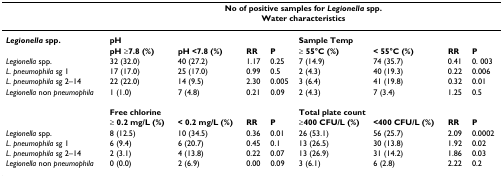
<table><thead><tr><td></td><td colspan="8"><b>No of positive samples for <i>Legionella </i>spp.</b></td></tr><tr><td></td><td colspan="8"><b>Water characteristics</b></td></tr></thead><tbody><tr><td><b><i>Legionella </i>spp.</b></td><td><b>pH</b></td><td></td><td></td><td></td><td><b>Sample Temp</b></td><td></td><td></td><td></td></tr><tr><td></td><td><b>pH ≥7.8 (%)</b></td><td><b>pH &lt;7.8 (%)</b></td><td><b>RR</b></td><td><b>P</b></td><td><b>≥ 55°C (%)</b></td><td><b>&lt; 55°C (%)</b></td><td><b>RR</b></td><td><b>P</b></td></tr><tr><td><i>Legionella </i>spp.</td><td>32 (32.0)</td><td>40 (27.2)</td><td>1.17</td><td>0.25</td><td>7 (14.9)</td><td>74 (35.7)</td><td>0.41</td><td>0. 003</td></tr><tr><td><i>L. pneumophila </i>sg 1</td><td>17 (17.0)</td><td>25 (17.0)</td><td>0.99</td><td>0.5</td><td>2 (4.3)</td><td>40 (19.3)</td><td>0.22</td><td>0.006</td></tr><tr><td><i>L. pneumophila </i>sg 2–14</td><td>22 (22.0)</td><td>14 (9.5)</td><td>2.30</td><td>0.005</td><td>3 (6.4)</td><td>41 (19.8)</td><td>0.32</td><td>0.01</td></tr><tr><td><i>Legionella </i>non <i>pneumophila</i></td><td>1 (1.0)</td><td>7 (4.8)</td><td>0.21</td><td>0.09</td><td>2 (4.3)</td><td>7 (3.4)</td><td>1.25</td><td>0.5</td></tr><tr><td></td><td colspan="4"><b>Free chlorine</b></td><td colspan="4"><b>Total plate count</b></td></tr><tr><td></td><td><b>≥ 0.2 mg/L (%)</b></td><td><b>&lt; 0.2 mg/L (%)</b></td><td><b>RR</b></td><td><b>P</b></td><td><b>≥400 CFU/L (%)</b></td><td><b>&lt;400 CFU/L (%)</b></td><td><b>RR</b></td><td><b>P</b></td></tr><tr><td><i>Legionella </i>spp.</td><td>8 (12.5)</td><td>10 (34.5)</td><td>0.36</td><td>0.01</td><td>26 (53.1)</td><td>56 (25.7)</td><td>2.09</td><td>0.0002</td></tr><tr><td><i>L. pneumophila </i>sg 1</td><td>6 (9.4)</td><td>6 (20.7)</td><td>0.45</td><td>0.1</td><td>13 (26.5)</td><td>30 (13.8)</td><td>1.92</td><td>0.02</td></tr><tr><td><i>L. pneumophila </i>sg 2–14</td><td>2 (3.1)</td><td>4 (13.8)</td><td>0.22</td><td>0.07</td><td>13 (26.9)</td><td>31 (14.2)</td><td>1.86</td><td>0.03</td></tr><tr><td><i>Legionella </i>non <i>pneumophila</i></td><td>0 (0.0)</td><td>2 (6.9)</td><td>0.00</td><td>0.09</td><td>3 (6.1)</td><td>6 (2.8)</td><td>2.22</td><td>0.2</td></tr></tbody></table>